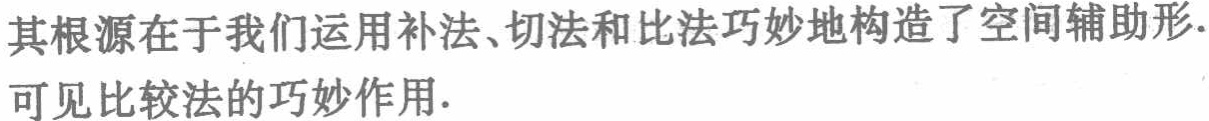
其根源在于我们运用补法、切法和比法巧妙地构造了空间辅助形.可见比较法的巧妙作用.